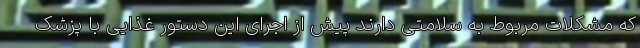
که مشکلات مربوط به سلامتی دارند پیش از اجرای این دستور غذایی با پزشک